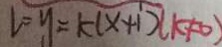
l = y = k ( x + 1 ) ( k \neq 0 )